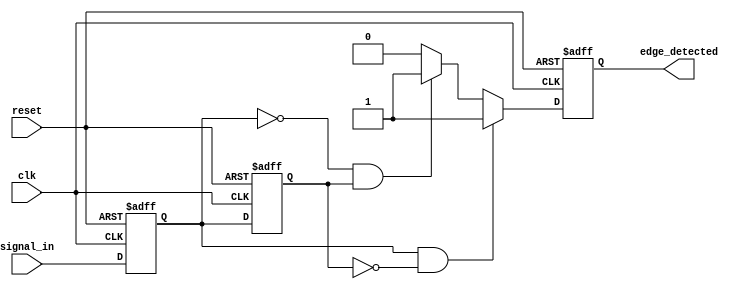
module glitch_free_edge_detector (
    input wire clk,          // Clock input
    input wire reset,        // Asynchronous reset
    input wire signal_in,    // Input signal to detect edges
    output reg edge_detected  // Output signal indicating edge detection
);

    // Memory blocks to store current and previous states
    reg signal_prev;         // Previous state of the input signal
    reg signal_curr;         // Current state of the input signal

    // Edge detection logic
    always @(posedge clk or posedge reset) begin
        if (reset) begin
            // Initialize memory blocks and output
            signal_prev <= 1'b0;
            signal_curr <= 1'b0;
            edge_detected <= 1'b0;
        end else begin
            // Sample the current input signal
            signal_curr <= signal_in;

            // Detect edges
            if (signal_curr && !signal_prev) begin
                // Rising edge detected
                edge_detected <= 1'b1; // Assert edge detected
            end else if (!signal_curr && signal_prev) begin
                // Falling edge detected
                edge_detected <= 1'b1; // Assert edge detected
            end else begin
                edge_detected <= 1'b0; // No edge detected
            end

            // Update previous state for the next clock cycle
            signal_prev <= signal_curr;
        end
    end

endmodule